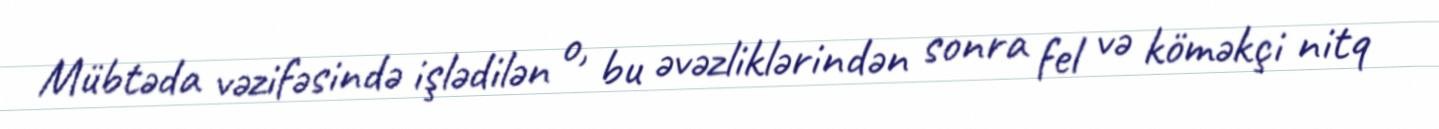
Mübtəda vəzifəsində işlədilən o, bu əvəzliklərindən sonra fel və köməkçi nitq